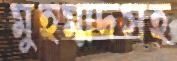
মুহম্মদসহ